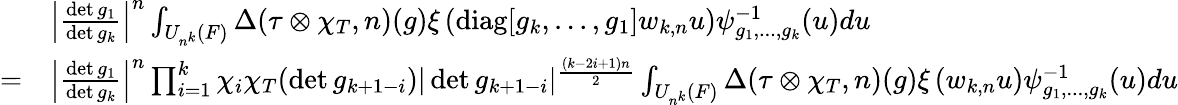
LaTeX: \begin{array}{rl}&{\left|\frac{\operatorname*{det}g_{1}}{\operatorname*{det}g_{k}}\right|^{n}\int_{U_{n^{k}}(F)}\Delta(\tau\otimes\chi_{T},n)(g)\xi\left(\mathrm{diag}[g_{k},...,g_{1}]w_{k,n}u\right)\psi_{g_{1},...,g_{k}}^{-1}(u)du}\\ {=}&{\left|\frac{\operatorname*{det}g_{1}}{\operatorname*{det}g_{k}}\right|^{n}\prod_{i=1}^{k}\chi_{i}\chi_{T}(\operatorname*{det}g_{k+1-i})|\operatorname*{det}g_{k+1-i}|^{\frac{(k-2i+1)n}{2}}\int_{U_{n^{k}}(F)}\Delta(\tau\otimes\chi_{T},n)(g)\xi\left(w_{k,n}u\right)\psi_{g_{1},...,g_{k}}^{-1}(u)du}\end{array}